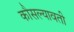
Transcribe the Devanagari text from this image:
कौसल्यावती